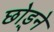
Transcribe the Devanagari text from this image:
छोड़्ने